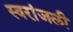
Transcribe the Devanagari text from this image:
स्वरांजली